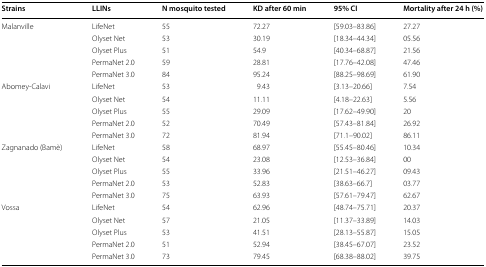
<table><thead><tr><td><b>Strains</b></td><td><b>LLINs</b></td><td><b>N mosquito tested</b></td><td><b>KD after 60 min</b></td><td><b>95% CI</b></td><td><b>Mortality after 24 h (%)</b></td></tr></thead><tbody><tr><td rowspan="5">Malanville</td><td>LifeNet</td><td>55</td><td>72.27</td><td>[59.03–83.86]</td><td>27.27</td></tr><tr><td>Olyset Net</td><td>53</td><td>30.19</td><td>[18.34–44.34]</td><td>05.56</td></tr><tr><td>Olyset Plus</td><td>51</td><td>54.9</td><td>[40.34–68.87]</td><td>21.56</td></tr><tr><td>PermaNet 2.0</td><td>59</td><td>28.81</td><td>[17.76–42.08]</td><td>47.46</td></tr><tr><td>PermaNet 3.0</td><td>84</td><td>95.24</td><td>[88.25–98.69]</td><td>61.90</td></tr><tr><td rowspan="5">Abomey-Calavi</td><td>LifeNet</td><td>53</td><td>9.43</td><td>[3.13–20.66]</td><td>7.54</td></tr><tr><td>Olyset Net</td><td>54</td><td>11.11</td><td>[4.18–22.63]</td><td>5.56</td></tr><tr><td>Olyset Plus</td><td>55</td><td>29.09</td><td>[17.62–49.90]</td><td>20</td></tr><tr><td>PermaNet 2.0</td><td>52</td><td>70.49</td><td>[57.43–81.84]</td><td>26.92</td></tr><tr><td>PermaNet 3.0</td><td>72</td><td>81.94</td><td>[71.1–90.02]</td><td>86.11</td></tr><tr><td rowspan="5">Zagnanado (Bamè)</td><td>LifeNet</td><td>58</td><td>68.97</td><td>[55.45–80.46]</td><td>10.34</td></tr><tr><td>Olyset Net</td><td>54</td><td>23.08</td><td>[12.53–36.84]</td><td>00</td></tr><tr><td>Olyset Plus</td><td>55</td><td>33.96</td><td>[21.51–46.27]</td><td>09.43</td></tr><tr><td>PermaNet 2.0</td><td>53</td><td>52.83</td><td>[38.63–66.7]</td><td>03.77</td></tr><tr><td>PermaNet 3.0</td><td>75</td><td>63.93</td><td>[57.61–79.47]</td><td>62.67</td></tr><tr><td rowspan="5">Vossa</td><td>LifeNet</td><td>54</td><td>62.96</td><td>[48.74–75.71]</td><td>20.37</td></tr><tr><td>Olyset Net</td><td>57</td><td>21.05</td><td>[11.37–33.89]</td><td>14.03</td></tr><tr><td>Olyset Plus</td><td>53</td><td>41.51</td><td>[28.13–55.87]</td><td>15.05</td></tr><tr><td>PermaNet 2.0</td><td>51</td><td>52.94</td><td>[38.45–67.07]</td><td>23.52</td></tr><tr><td>PermaNet 3.0</td><td>73</td><td>79.45</td><td>[68.38–88.02]</td><td>39.75</td></tr></tbody></table>